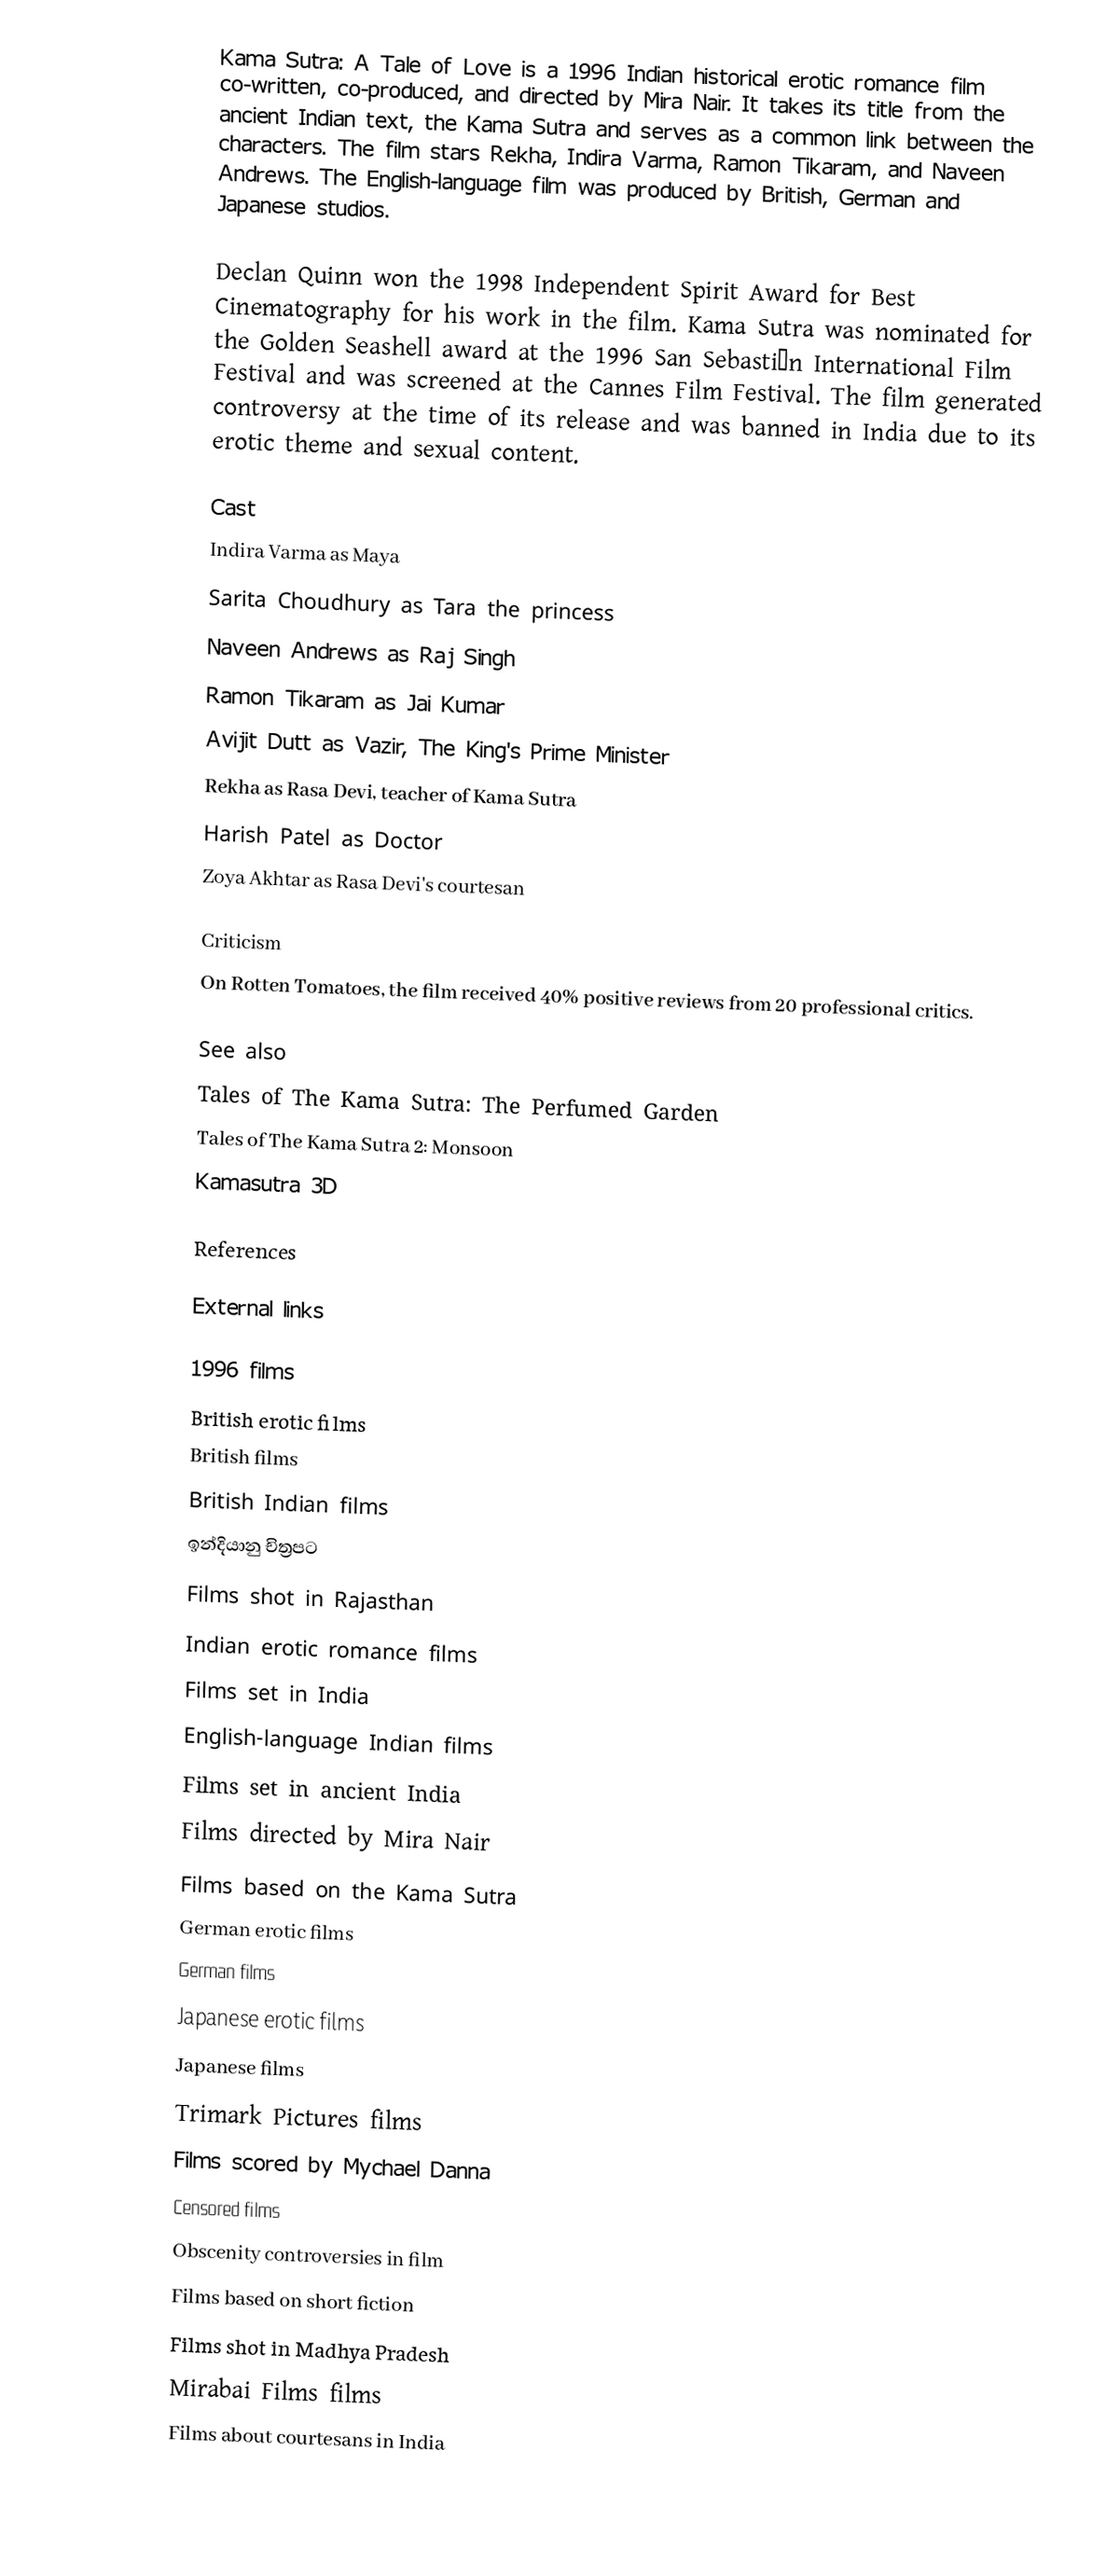
Kama Sutra: A Tale of Love is a 1996 Indian historical erotic romance film co-written, co-produced, and directed by Mira Nair. It takes its title from the ancient Indian text, the Kama Sutra and serves as a common link between the characters. The film stars Rekha, Indira Varma, Ramon Tikaram, and Naveen Andrews. The English-language film was produced by British, German and Japanese studios.

Declan Quinn won the 1998 Independent Spirit Award for Best Cinematography for his work in the film. Kama Sutra was nominated for the Golden Seashell award at the 1996 San Sebastián International Film Festival and was screened at the Cannes Film Festival.  The film generated controversy at the time of its release and was banned in India due to its erotic theme and sexual content.

Cast
 Indira Varma as Maya
 Sarita Choudhury as Tara the princess
 Naveen Andrews as Raj Singh
 Ramon Tikaram as Jai Kumar
 Avijit Dutt as Vazir, The King's Prime Minister
 Rekha as Rasa Devi, teacher of Kama Sutra
 Harish Patel as Doctor
 Zoya Akhtar as Rasa Devi's courtesan

Criticism
On Rotten Tomatoes, the film received 40% positive reviews from 20 professional critics.

See also
Tales of The Kama Sutra: The Perfumed Garden
Tales of The Kama Sutra 2: Monsoon
Kamasutra 3D

References

External links

1996 films
British erotic films
British films
British Indian films
ඉන්දියානු චිත්‍රපට
Films shot in Rajasthan
Indian erotic romance films
Films set in India
English-language Indian films
Films set in ancient India
Films directed by Mira Nair
Films based on the Kama Sutra
German erotic films
German films
Japanese erotic films
Japanese films
Trimark Pictures films
Films scored by Mychael Danna
Censored films
Obscenity controversies in film
Films based on short fiction
Films shot in Madhya Pradesh
Mirabai Films films
Films about courtesans in India